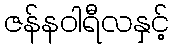
ဇန်နဝါရီလနှင့်